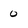
Character: 0